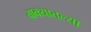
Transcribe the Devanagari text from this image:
वाक्यातल्या